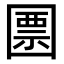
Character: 𡈜